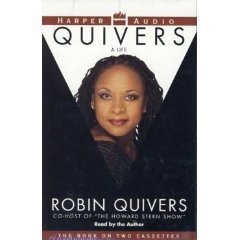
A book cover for Quivers : A Life/Cassettes; Robin Quivers; Humor & Entertainment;